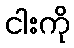
ငါးကို